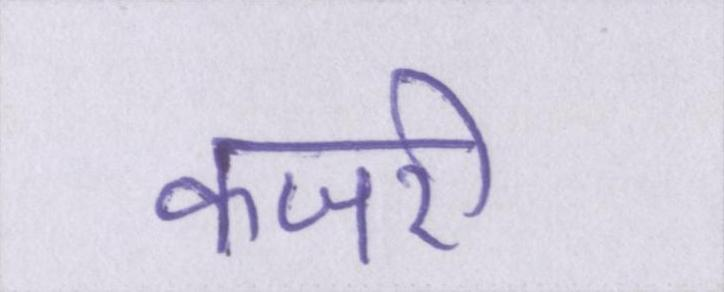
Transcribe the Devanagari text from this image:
कजरी